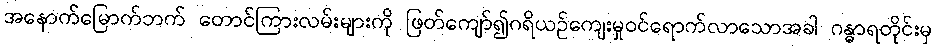
အနောက်မြောက်ဘက် တောင်ကြားလမ်းများကို ဖြတ်ကျော်၍ဂရိယဉ်ကျေးမှုဝင်ရောက်လာသောအခါ ဂန္ဓာရတိုင်းမှ